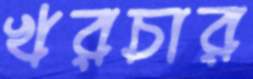
খরচার